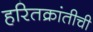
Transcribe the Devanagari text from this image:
हरितक्रांतीची